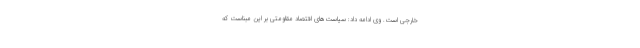
خارجی است. وی ادامه داد: سیاست‌های اقتصاد مقاومتی بر این مبناست که